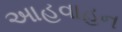
આહવાહન